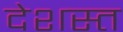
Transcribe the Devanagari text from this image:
देशस्त